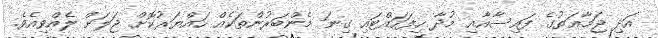
އަދި ޖަމާޢަތުގެ ފައިސާއާއި މުދާ ހިފަހައްޓައި ގިނަ މެންބަރުންތަކެއް ހައްޔަރުކޮށް ޖަލަށް ލެއްވިއެވެ.